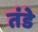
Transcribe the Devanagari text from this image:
तंडे